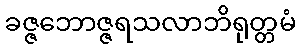
ခဇ္ဇဘောဇ္ဇရသလာဘိရုတ္တမံ